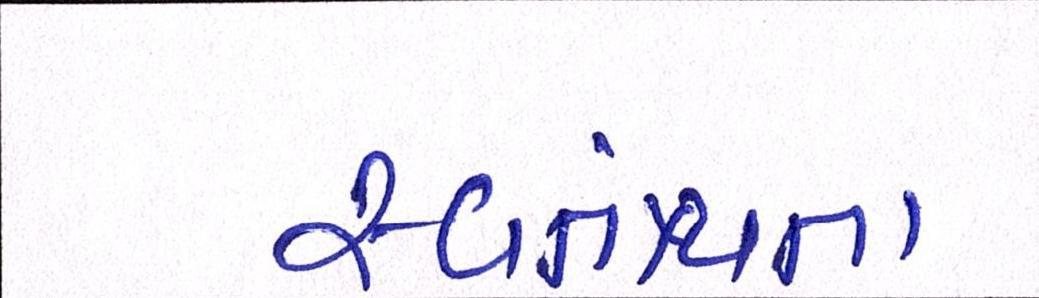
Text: સ્વતંત્ર્યતા